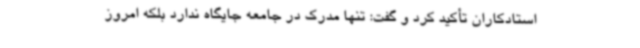
استادکاران تأکید کرد و گفت: تنها مدرک در جامعه جایگاه ندارد بلکه امروز